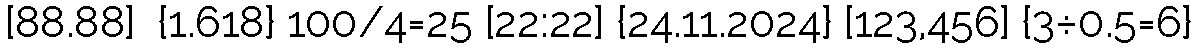
[88.88]  {1.618} 100/4=25 [22:22] {24.11.2024} [123,456] {3÷0.5=6}